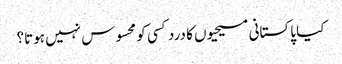
کیا پاکستانی مسیحیوں کا درد کسی کو محسوس نہیں ہوتا؟